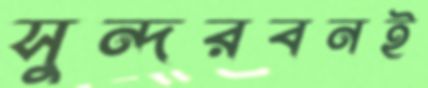
সুন্দরবনই